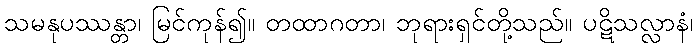
သမနုပဿန္တာ၊ မြင်ကုန်၍။ တထာဂတာ၊ ဘုရားရှင်တို့သည်။ ပဋိသလ္လာနံ၊